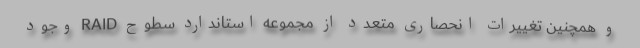
و همچنین تغییرات انحصاری متعدد از مجموعه استاندارد سطوح RAID وجود